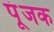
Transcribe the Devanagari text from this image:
पूंजक